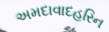
અમદાવાદહરિન